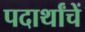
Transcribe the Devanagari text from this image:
पदार्थांचें